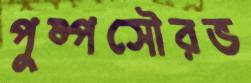
পুষ্পসৌরভ